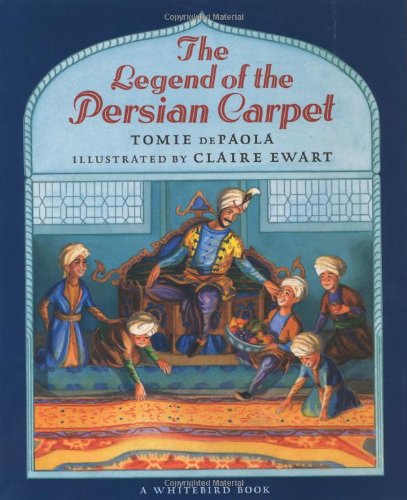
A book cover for The Legend of the Persian Carpet; Tomie dePaola; Children's Books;